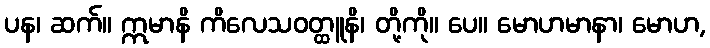
ပန၊ ဆက်။ ဣမာနိ ကိလေသဝတ္ထူနိ၊ တို့ကို။ ပေ။ မောဟမာနာ၊ မောဟ,